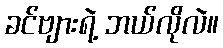
ခင်ဗျားရဲ့ ဘယ်လိုလဲ။